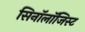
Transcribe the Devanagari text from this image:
सिनॉलॉजिस्ट